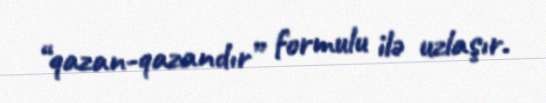
“qazan-qazandır” formulu ilə uzlaşır.